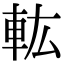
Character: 䡌